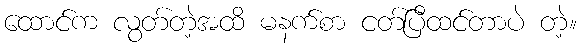
ထောင်က လွတ်တဲ့အထိ မနက်စာ ငတ်ပြီထင်တာပဲ တဲ့။